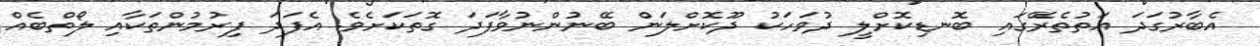
އެބާރުގަދަ އަތުތެރޭގައި ބޮނޑިކޮށްލީ ދުވަހަކު ދޫކޮށްލަން ބޭނުންނުވާފަދަ ގޮތަކަށެވެ. އެފަދަ ފިރުމުންތަކާއި ލޯތްބެއް